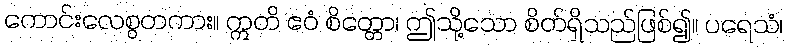
ကောင်းလေစွတကား။ ဣတိ ဧဝံ စိတ္တော၊ ဤသို့သော စိတ်ရှိသည်ဖြစ်၍။ ပရေသံ၊